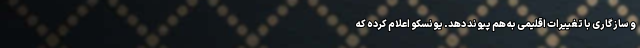
و سازگاری با تغییرات اقلیمی به هم پیوند دهد. یونسکو اعلام کرده که